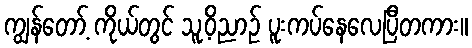
ကျွန်တော့် ကိုယ်တွင် သူ့ဝိညာဉ် ပူးကပ်နေလေပြီတကား။